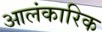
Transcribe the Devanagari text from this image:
आलंकारिक